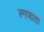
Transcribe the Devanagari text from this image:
ल्गजाता